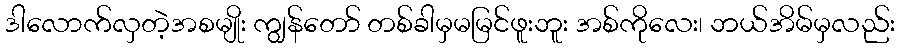
ဒါလောက်လှတဲ့အစမျိုး ကျွန်တော် တစ်ခါမှမမြင်ဖူးဘူး အစ်ကိုလေး၊ ဘယ်အိမ်မှလည်း